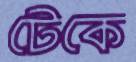
টেকে